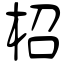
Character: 柖